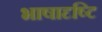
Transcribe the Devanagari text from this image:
भाषादृष्टि